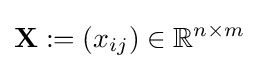
\mathbf {X} :=(x_{ij})\in \mathbb {R} ^{n\times m}